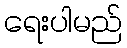
ရေးပါမည်